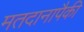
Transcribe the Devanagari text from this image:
मतदानापैकी